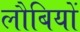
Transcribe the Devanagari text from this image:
लौबियों